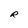
Character: R